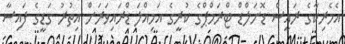
އެމެރިކާގެ ރައީސް ޑޮނަލްޑް ޓްރަމްޕްގެ ކުރީގެ އަމިއްލަ ޑްރައިވަރަށް އިތުރު ގަޑީގެ ފައިސާ